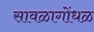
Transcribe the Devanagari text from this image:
सावळागोंधळ